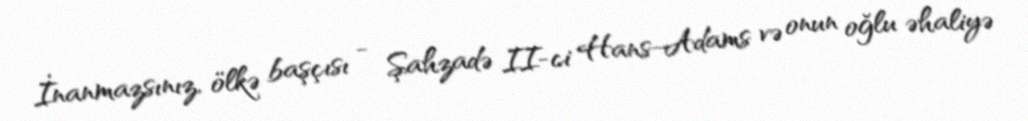
İnanmazsınız, ölkə başçısı - Şahzadə II-ci Hans-Adams və onun oğlu əhaliyə